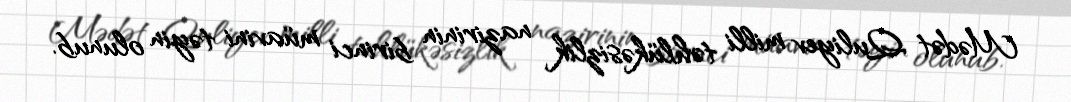
Mədət Quliyev milli təhlükəsizlik nazirinin birinci müavini təyin olunub.